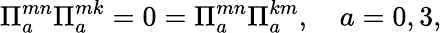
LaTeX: \Pi_{a}^{mn}\Pi_{a}^{mk}=0=\Pi_{a}^{mn}\Pi_{a}^{km},\quad a=0,3,